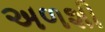
અળશી